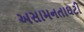
અસામનતાઘટી